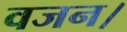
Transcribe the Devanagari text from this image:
वजन।